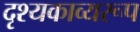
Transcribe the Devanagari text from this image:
दृश्यकाव्यरूप